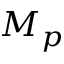
M _ { p }